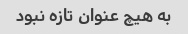
به هیچ عنوان تازه نبود